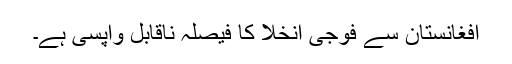
افغانستان سے فوجی انخلا کا فیصلہ ناقابل واپسی ہے۔